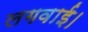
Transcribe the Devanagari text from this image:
लगवाई।